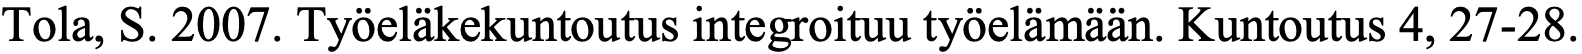
Tola, S. 2007. Työeläkekuntoutus integroituu työelämään. Kuntoutus 4, 27-28.